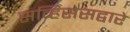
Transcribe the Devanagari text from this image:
सर्व्हिसेसद्वारे